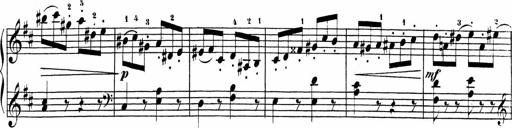
Title: Sonatinas
Composer: Andrew Violette